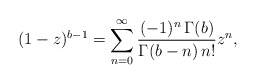
\begin{align*}(1-z)^{b-1}=\sum^{\infty}_{n=0}\frac{(-1)^{n}\,\Gamma(b) }{\Gamma(b-n)\,n!}z^n,\end{align*}